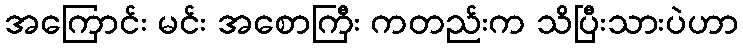
အကြောင်း မင်း အစောကြီး ကတည်းက သိပြီးသားပဲဟာ